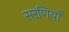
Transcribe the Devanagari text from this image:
सरणियाँ